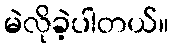
မဲလိုခဲ့ပါတယ်။